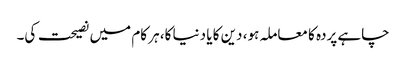
چاہے پردہ کا معاملہ ہو، دین کا یا دنیا کا، ہر کام میں نصیحت کی۔